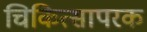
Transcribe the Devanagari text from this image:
चिकित्सापरक